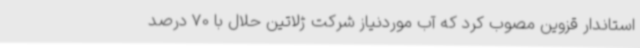
استاندار قزوین مصوب کرد که آب موردنیاز شرکت ژلاتین حلال با 70 درصد